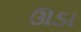
ઊડા